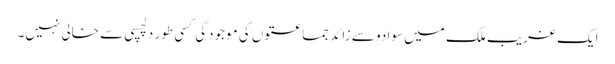
ایک غریب ملک میں سوا دو سے زائد جماعتوں کی موجودگی کسی طور دلچسپی سے خالی نہیں۔